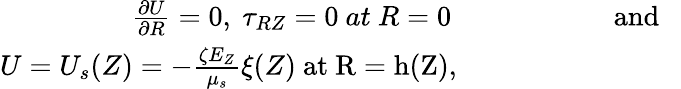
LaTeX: \begin{array}{r}{\frac{\partial U}{\partial R}=0,~\tau_{RZ}=0~at~R=0~~~~~~~~~~~~~~~~~~~~~~~\mathrm{{and~~~}}}\\ {U=U_{s}(Z)=-\frac{\zeta E_{Z}}{\mu_{s}}\xi(Z)~\mathrm{{at}~R=h(Z),~~~~~~~~~~~~~~~~~~~~~~~~~~~~~~~}}\end{array}